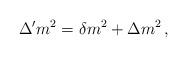
LaTeX: \begin{align*}\Delta' m^2 = \delta m^2 + \Delta m^2 \,,\end{align*}